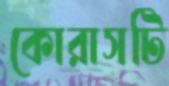
কোরাসটি